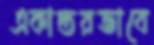
একান্তরভাবে